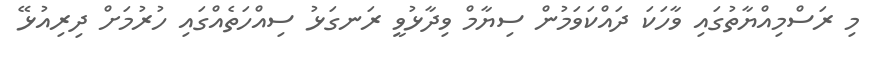
މި ރަސްމިއްޔާތުގައި ވާހަކަ ދައްކަވަމުން ސިޔާމް ވިދާޅުވީ ރަނގަޅު ސިއްހަތެއްގައި ހުރުމަށް ދިރިއުޅޭ